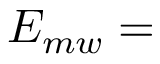
E _ { m w } =